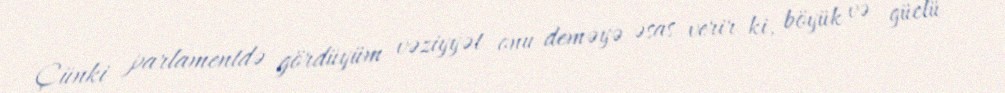
Çünki parlamentdə gördüyüm vəziyyət onu deməyə əsas verir ki, böyük və güclü